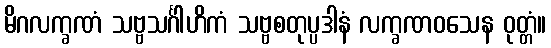
မိဂလက္ခဏံ သဗ္ဗသင်္ဂါဟိကံ သဗ္ဗစတုပ္ပဒါနံ လက္ခဏဝသေန ဝုတ္တံ။